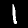
Label: 1